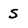
Character: S